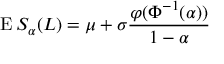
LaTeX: \operatorname { E } S _ { \alpha } ( L ) = \mu + \sigma { \frac { \varphi ( \Phi ^ { - 1 } ( \alpha ) ) } { 1 - \alpha } }